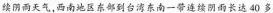
续阴：天。完成下面两题区东部到台湾东南一带连续阴面长达 40 多